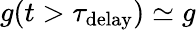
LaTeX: g(t>\tau_{\mathrm{delay}})\simeq g